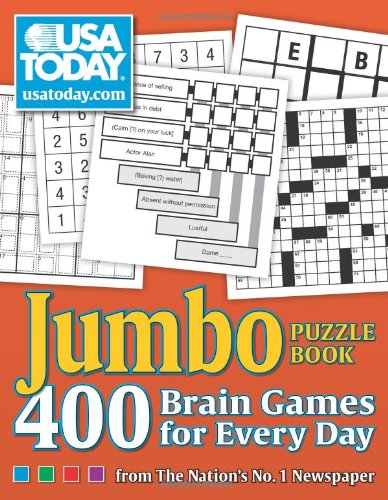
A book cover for USA TODAY Jumbo Puzzle Book: 400 Brain Games for Every Day; USA TODAY; Humor & Entertainment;